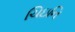
ચિઇનિ